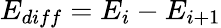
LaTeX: E_{diff}=E_{i}-E_{i+1}